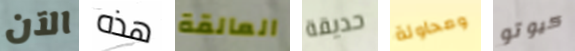
الآن هذه العالقة حديقة ومحاولة كيوتو